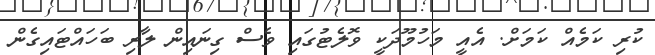
ކުރި ކަމެއް ކަމަށް. އެއީ މަހުމޫދަކީ ވޮލެޓުގައި ވެސް ގިނައިން ލާރި ބަހައްޓައިގެން